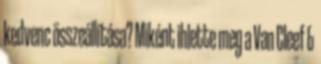
kedvenc összeállítása? Miként ihlette meg a Van Cleef &